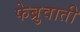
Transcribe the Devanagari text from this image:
फेब्रुवाती